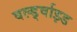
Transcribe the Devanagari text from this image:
वर्ल्ड्वाइड